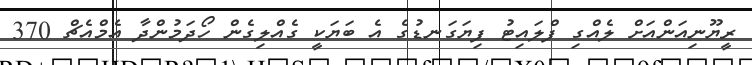
ރީޔޫނިއަންއަށް ލެއްގި ފްލައިޓު ފިޔަގަނޑުގެ އެ ބަޔަކީ ގެއްލިގެން ހޯދަމުންދާ އެމްއެޗް 370